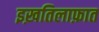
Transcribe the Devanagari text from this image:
इख़तिलाफ़ात